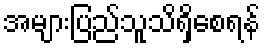
အများပြည်သူသိရှိစေရန်